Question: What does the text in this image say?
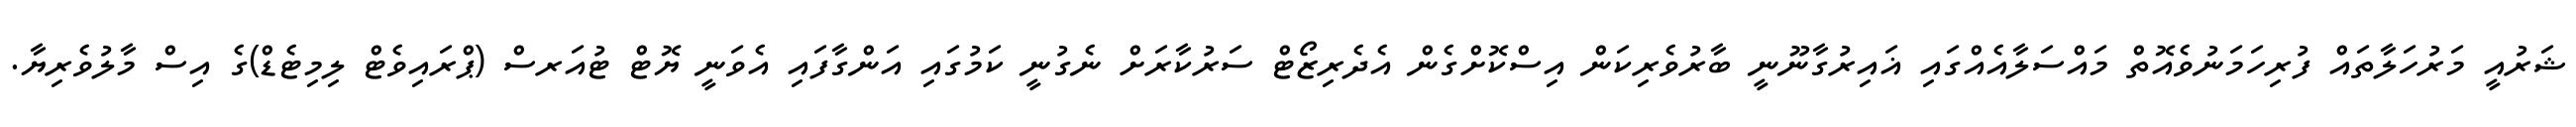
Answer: ޝަރުއީ މަރުހަލާތައް ފުރިހަމަނުވެއޮތް މައްސަލާއެއްގައި ޣައިރުގާނޫނީ ބާރުވެރިކަން އިސްކޮށްގެން އެދެރިޒޯޓް ސަރުކާރަށް ނެގުނީ ކަމުގައި އަންގާފައި އެވަނީ ޔޮޓް ޓުއަރސް (ޕްރައިވެޓް ލިމިޓެޑް)ގެ އިސް މާލުވެރިޔާ.